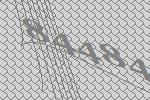
84484